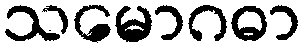
သမောဂဓာ